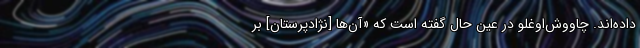
داده‌اند. چاووش‌اوغلو در عین حال گفته است که «آن‌ها [نژادپرستان] بر